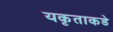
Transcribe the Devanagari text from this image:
यकृताकडे